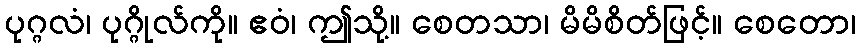
ပုဂ္ဂလံ၊ ပုဂ္ဂိုလ်ကို။ ဧဝံ၊ ဤသို့။ စေတသာ၊ မိမိစိတ်ဖြင့်။ စေတော၊